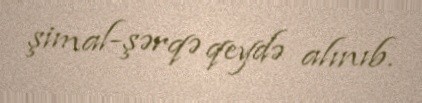
şimal-şərqə qeydə alınıb.